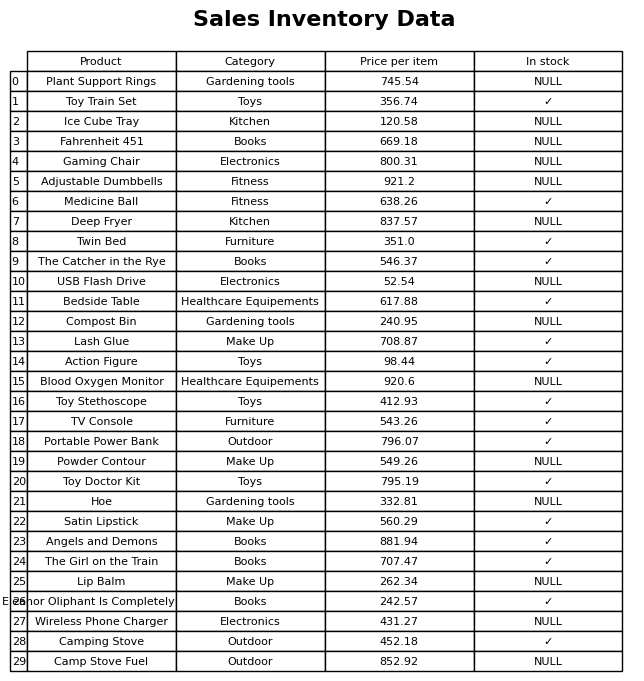
question: What is the price for Plant Support Rings?
answer: The price of Plant Support Rings is 745.54.